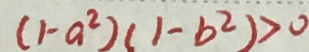
( 1 - a ^ { 2 } ) ( 1 - b ^ { 2 } ) > 0